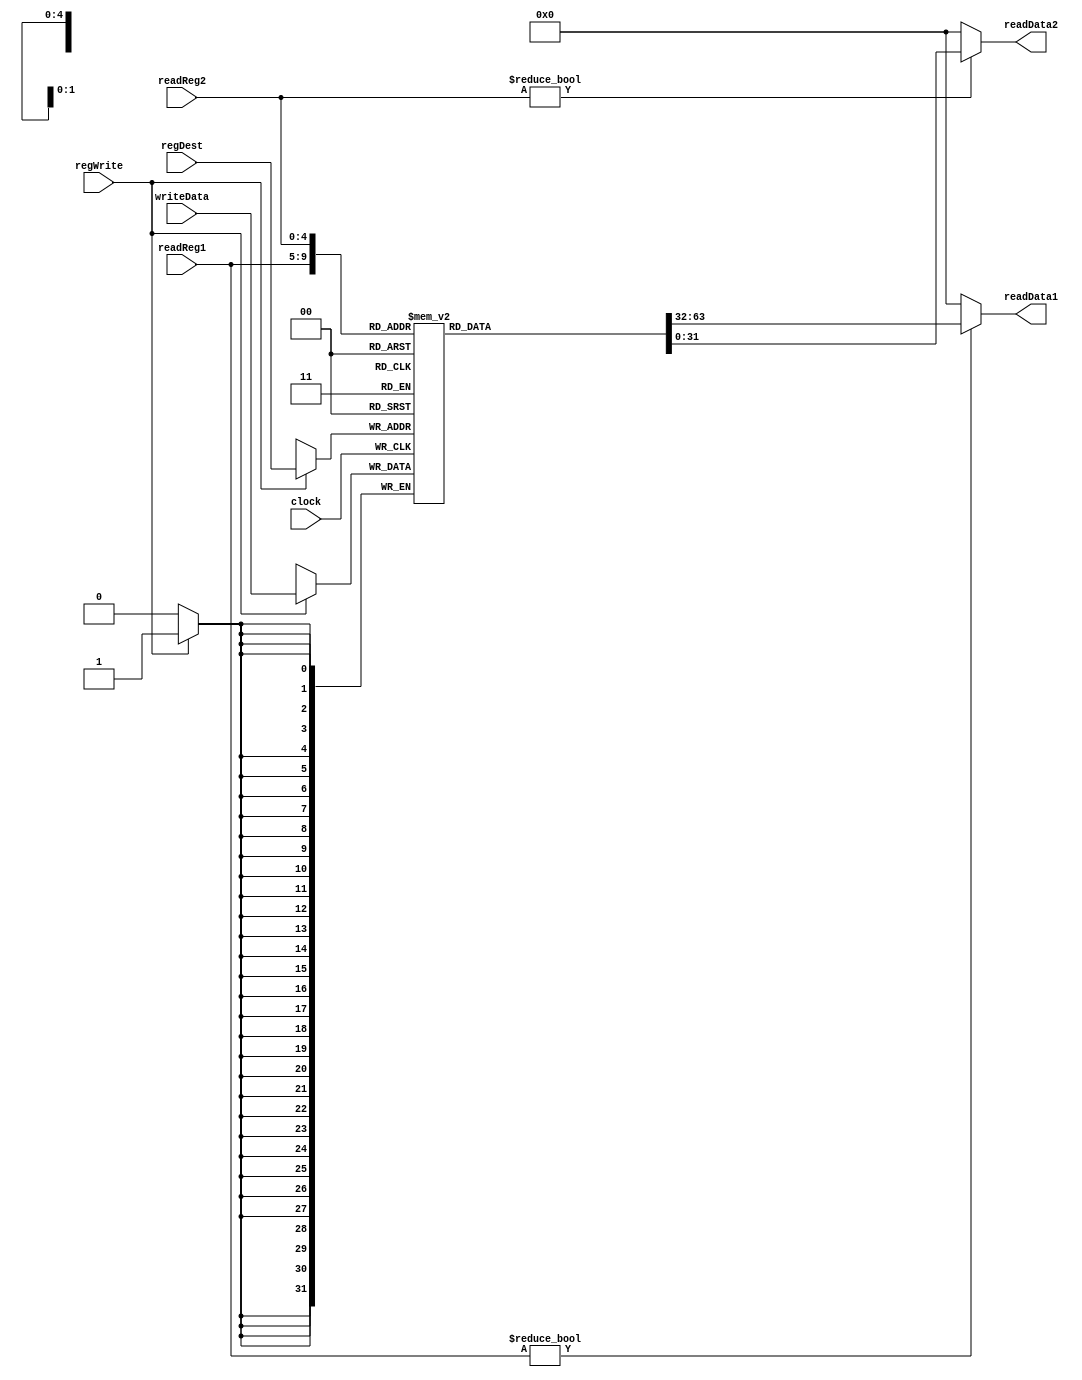
module regfile(clock, regWrite, readReg1, readReg2, regDest, writeData, readData1, readData2);
   input clock, regWrite;
   input[4:0] readReg1, readReg2, regDest;
   input[31:0] writeData;
   output[31:0] readData1, readData2;
   reg[31:0] readData1, readData2;
   reg[31:0] regFile[0:31];

   always @(negedge clock) if (regWrite == 1) regFile[regDest] <= writeData;
   always @(readReg1) readData1 <= (readReg1 != 0) ? regFile[readReg1] : 0;
   always @(readReg2) readData2 <= (readReg2 != 0) ? regFile[readReg2] : 0;
endmodule